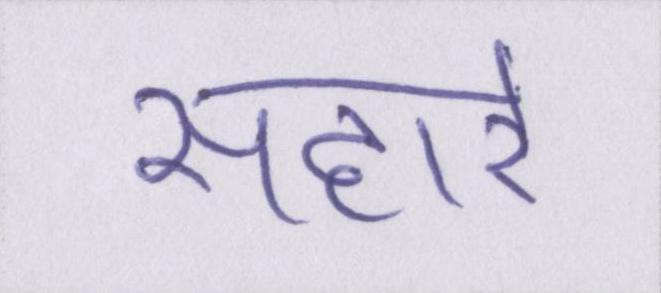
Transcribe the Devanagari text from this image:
सहारे